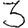
Digit: 3